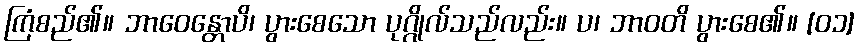
ကြံစည်၏။ ဘာဝေန္တောပိ၊ ပွားစေသော ပုဂ္ဂိုလ်သည်လည်း။ ပ၊ ဘာဝတိ ပွားစေ၏။ [၀၁]